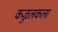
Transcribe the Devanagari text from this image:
कज्जलकला